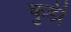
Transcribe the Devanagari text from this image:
कुर्डी